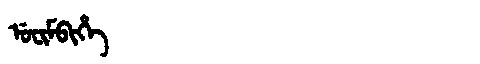
Manchu: ᡠᠸᡳᠮᠪᡳᡥᡝ
Romanization: UFIMBIHE